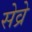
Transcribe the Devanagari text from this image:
सेव्रे